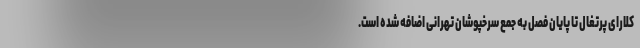
کلارای پرتغال تا پایان فصل به جمع سرخپوشان تهرانی اضافه شده است.